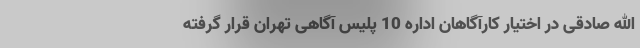
الله صادقی در اختیار کارآگاهان اداره 10 پلیس آگاهی تهران قرار گرفته